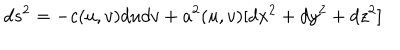
d s ^ { 2 } = - c ( u , v ) d u d v + a ^ { 2 } ( u , v ) [ d x ^ { 2 } + d y ^ { 2 } + d z ^ { 2 } ]